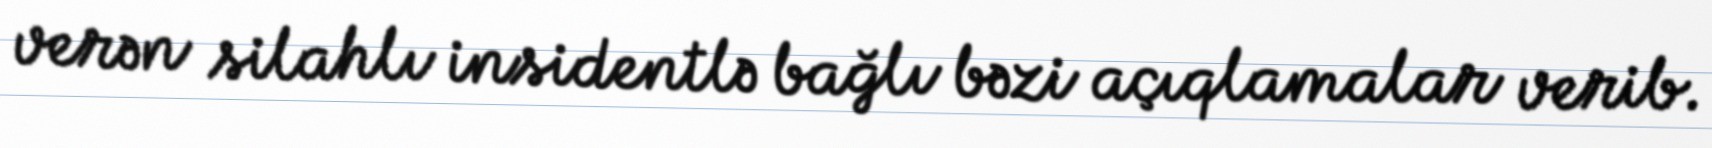
verən silahlı insidentlə bağlı bəzi açıqlamalar verib.